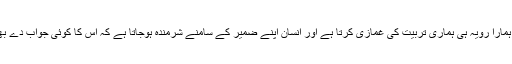
ہمارا اخلاق، ہمارا رویہ ہی ہماری تربیت کی غمازی کرتا ہے اور انسان اپنے ضمیر کے سامنے شرمندہ ہوجاتا ہے کہ اس کا کوئی جواب دے بھی نہیں سکتا۔